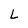
Character: L